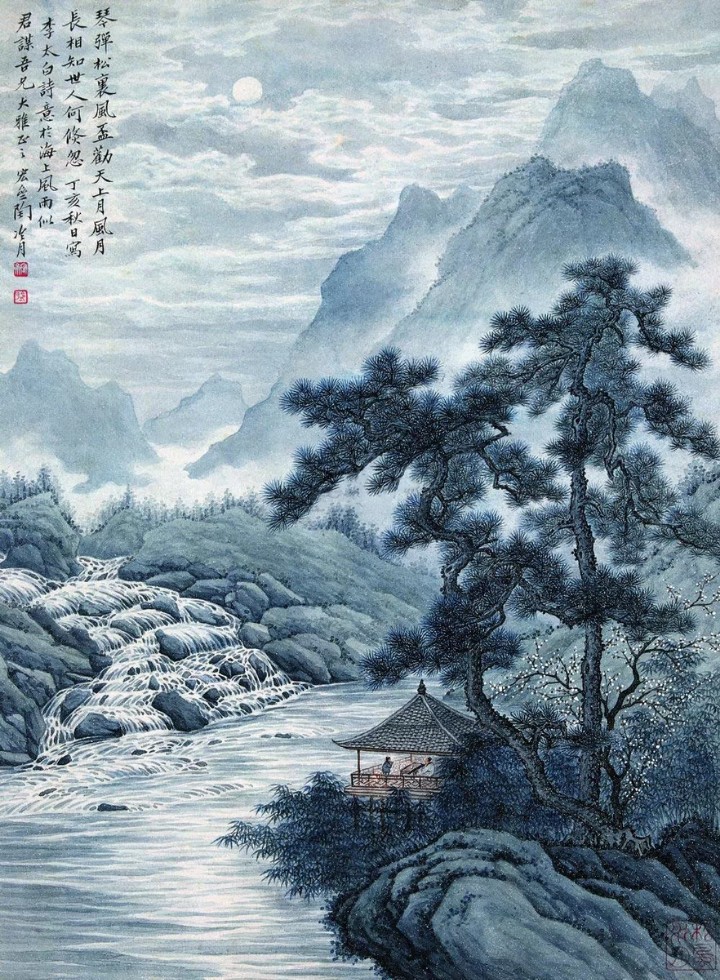
明月松间照，清泉石上流。